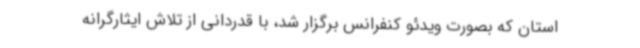
استان که بصورت ویدئو کنفرانس برگزار شد، با قدردانی از تلاش ایثارگرانه